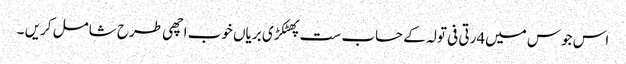
اس جوس میں4رتی فی تولہ کے حساب ست پھٹکڑی بریاں خوب اچھی طرح شامل کریں ۔